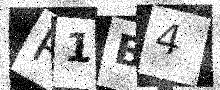
Text: R1B4